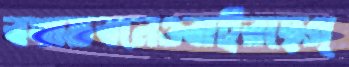
বঙ্গভবনেওবাইরছেগ্